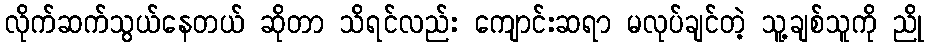
လိုက်ဆက်သွယ်နေတယ် ဆိုတာ သိရင်လည်း ကျောင်းဆရာ မလုပ်ချင်တဲ့ သူ့ချစ်သူကို ညို